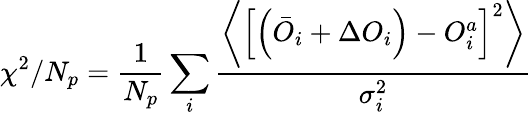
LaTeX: \chi^{2}/N_{p}=\frac{1}{N_{p}}\sum_{i}\frac{\left\langle\left[\left(\bar{O}_{i}+\Delta O_{i}\right)-O_{i}^{a}\right]^{2}\right\rangle}{\sigma_{i}^{2}}